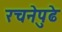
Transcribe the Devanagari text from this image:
रचनेपुढे